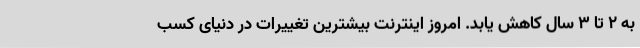
به 2 تا 3 سال کاهش یابد. امروز اینترنت بیشترین تغییرات در دنیای کسب